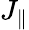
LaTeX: J_{\parallel}